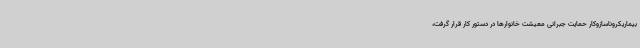
بیماریکروناسازوکار حمایت جبرانی معیشت خانوارها در دستور کار قرار گرفت،